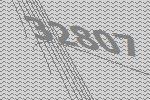
32807